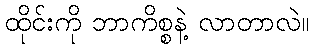
ထိုင်းကို ဘာကိစ္စနဲ့ လာတာလဲ။